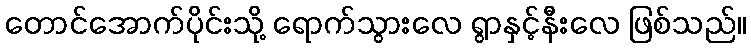
တောင်အောက်ပိုင်းသို့ ရောက်သွားလေ ရွာနှင့်နီးလေ ဖြစ်သည်။